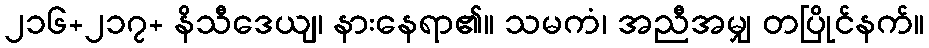
၂၁၆+၂၁၇+ နိသီဒေယျ၊ နားနေရာ၏။ သမကံ၊ အညီအမျှ တပြိုင်နက်။